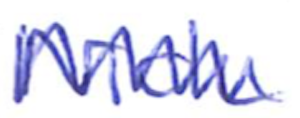
Text: Nick
Cross-out: zig-zag
Writing tool: ballpoint